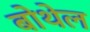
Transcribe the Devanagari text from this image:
बोथेल